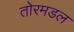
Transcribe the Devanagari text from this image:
तोरमडल